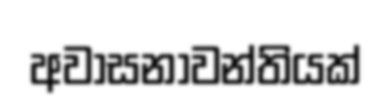
අවාසනාවන්තියක්